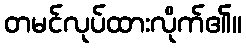
တမင်လုပ်ထားလိုက်၏။